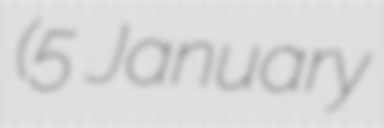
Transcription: (5 January